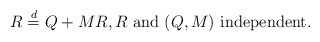
\begin{align*}R \stackrel{d}{=}Q + MR,R\mbox{ and }(Q,M)\mbox{ independent.}\end{align*}